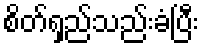
စိတ်ရှည်သည်းခံပြီး